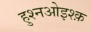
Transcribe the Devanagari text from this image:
हुश्नओइश्क़